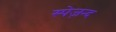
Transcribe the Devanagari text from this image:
स्पेज़न्द